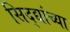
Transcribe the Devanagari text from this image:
सिद्द्यांच्या